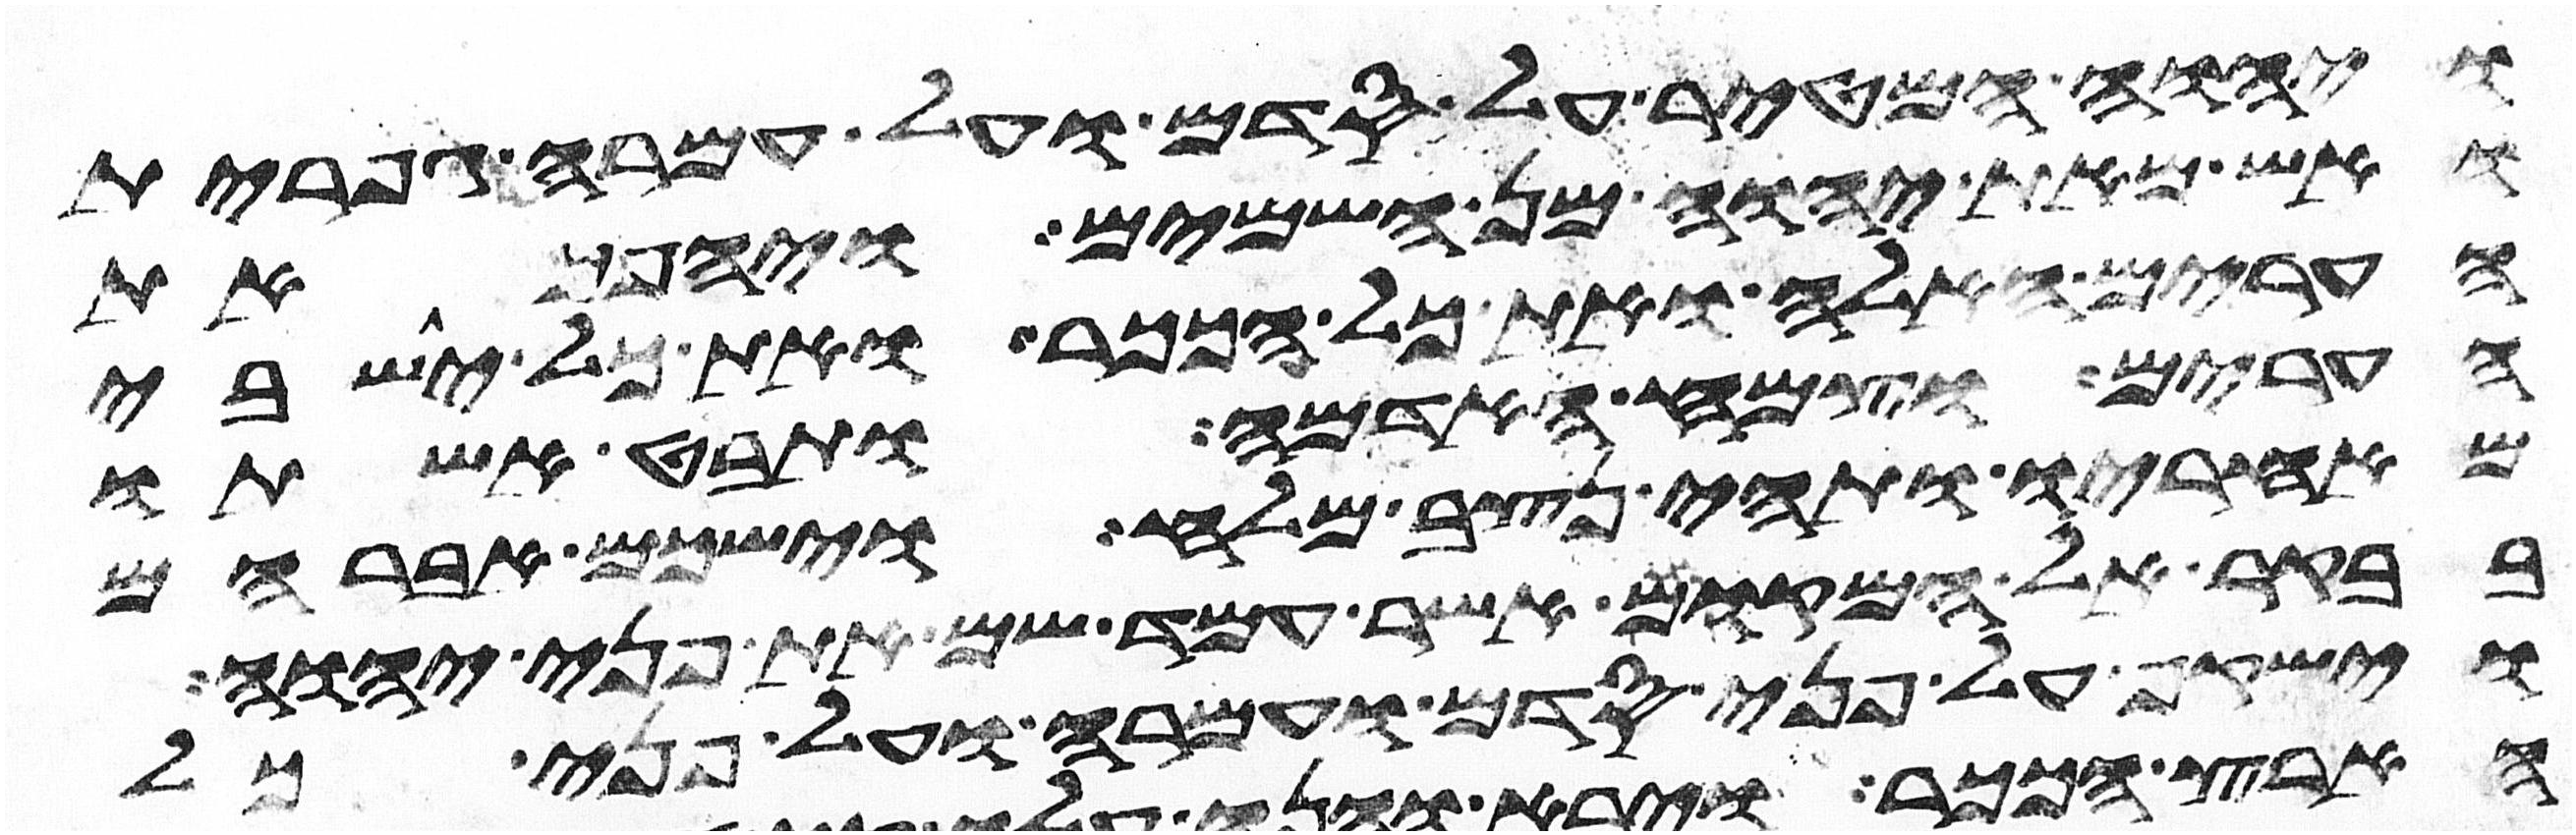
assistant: ויהוה המטיר על סדם ועל עמרה גפרית
ואש מאת יהוה מן השמים ויהפך את
הערים האלה ואת כל הככר ואת כל ישבי
הערים וצמח האדמה ותבט אשתו
מאחריו ותהי נצב מלח וישכם אברהם
בבקר אל המקום אשר עמד שם את פני יהוה
וישקף על פני סדם ועמרה ועל פני כל